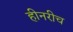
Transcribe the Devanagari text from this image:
हीनरीच